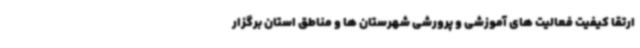
ارتقا کیفیت فعالیت های آموزشی و پرورشی شهرستان ها و مناطق استان برگزار